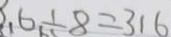
. 6 \div 8 = 3 1 6